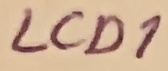
Text: LCD1